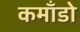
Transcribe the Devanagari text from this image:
कमाँडो